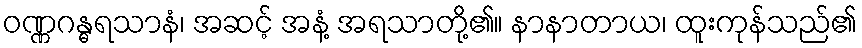
ဝဏ္ဏဂန္ဓရသာနံ၊ အဆင့် အနံ့ အရသာတို့၏။ နာနာတာယ၊ ထူးကုန်သည်၏